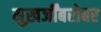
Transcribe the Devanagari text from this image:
मुख़र्जींबरोबर